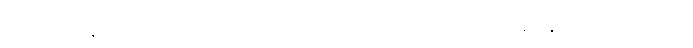
အမေရိကန်ဟာ တစ်ကမ္ဘာလုံးမှာ ကူးစက်မှုနဲ့ သေဆုံးမှု အများဆုံးနိုင်ငံ ဖြစ်ပါတယ်။